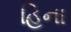
હિના